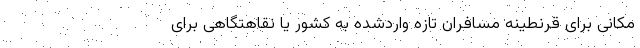
مکانی برای قرنطینه مسافران تازه واردشده به کشور یا نقاهتگاهی برای